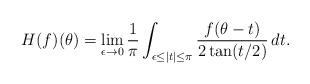
LaTeX: \begin{align*}H(f)(\theta) = \lim_{\epsilon \to 0} \frac{1}{\pi} \int_{\epsilon \leq |t|\leq \pi} \frac{f(\theta - t)}{2\tan(t/2)} \,dt.\end{align*}